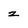
Character: z